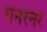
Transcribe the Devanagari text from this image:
गनरनर